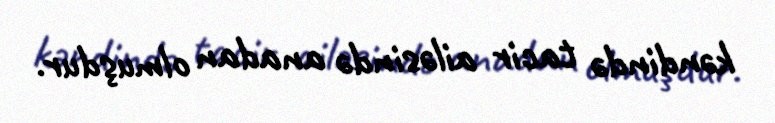
kəndində tacir ailəsində anadan olmuşdur.